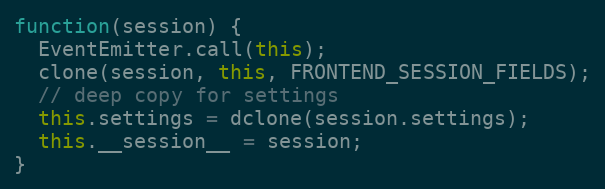
Language: JavaScript
function(session) {
  EventEmitter.call(this);
  clone(session, this, FRONTEND_SESSION_FIELDS);
  // deep copy for settings
  this.settings = dclone(session.settings);
  this.__session__ = session;
}